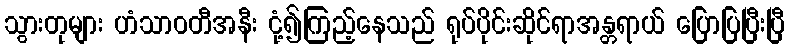
သွားတုများ ဟံသာဝတီအနီး ငုံ့၍ကြည့်နေသည် ရုပ်ပိုင်းဆိုင်ရာအန္တရာယ် ပြောပြပြီးပြီ